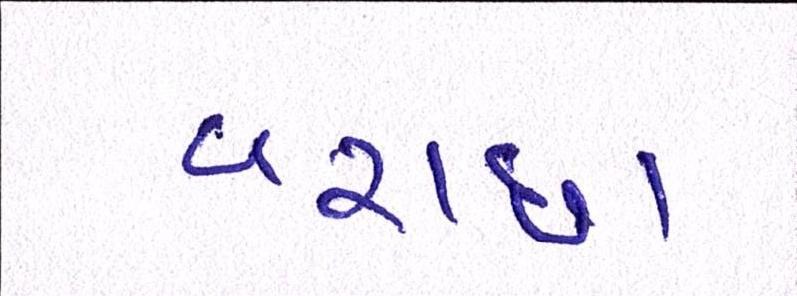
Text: વરાછા